Vaccination in the Punjab 1883-1896 - 1883-1896
Year: 1883
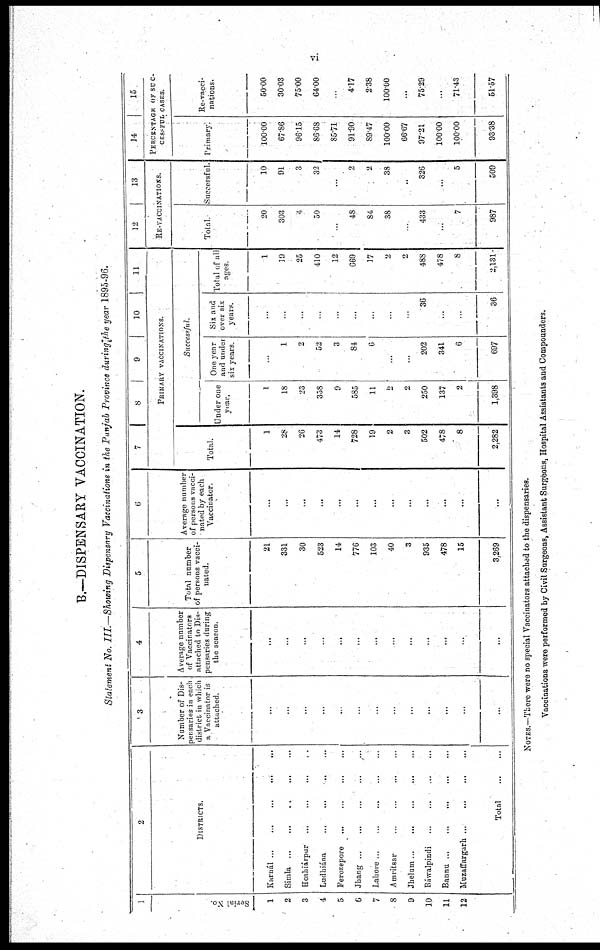
vi
B.—DISPENSARY VACCINATION.
Statement No. III.—Showing Dispensary Vaccinations in the Punjab Province during the year 1895-96.
1
Serial No.
1
2
3
4
5
6
7
8
9
10
11
12
2
DISTRICTS.
Karnál ... ... ... ... ...
Simla
...
...
...
...
...
Hoshiárpur ... ... ... ...
Ludhiána ... ... ... ...
Ferozepore ... ... ... ...
Jhang ... ... ... ... ...
Lahore ... ... ... ... ...
Amritsar ... ... ... ...
Jhelum .. ... ... ... ...
Ráwalpindi ... ... ...
Bannu ... ... ... ... ...
Muzaffargarh
...
...
...
...
Total
...
...
3
Number of Dis-
pensaries in each
district in which
a Vaccinator is
attached.
...
...
...
...
...
...
...
...
...
...
...
...
. . .
4
Average number
of Vaccinators
attached to Dis-
pensaries during
the season.
...
...
...
...
...
...
...
...
...
...
...
...
...
5
Total number
of persons vacci-
nated.
21
331
30
523
14
776
103
40
3
935
478
15
3,269
6
Average number
of persons vacci-
nated by each
Vaccinator.
...
...
...
...
...
...
...
...
...
...
...
...
...
7
8
9
10
11
PRIMARY VACCINATIONS.
Total.
1
28
26
473
14
728
19
2
3
502
478
8
2,282
Successful
Under one
year.
1
18
23
358
9
585
11
2
2
250
137
2
1,398
One year
and under
six years.
...
1
2
52
3
84
6
...
...
202
341
6
697
Six and
over six
years.
...
...
...
...
...
...
...
...
...
36
...
...
36
Total of all
ages.
1
19
25
410
12
669
17
2
2
488
478
8
2,131
12
13
RE-VACCINATIONS.
Total
20
303
4
50
...
48
84
38
...
433
...
7
987
Successful.
10
91
3
32
...
2
2
38
...
326
5
509
14
15
PERCENTAGE OF SUCCESFUL CASES.
Primary!
100.00
67.86
96.15
86.68
85.71
91.90
89.47
100.00
66.67
97.21
100.00
100.00
93.38
Re-vacci-
nations.
50.00
30.03
75.00
64.00
...
4.17
2.38
100.00
...
75.29
...
71.43
51.57
NOTES.—There were no special Vaccinators attached to the dispensaries.
Vaccinations were performed by Civil Surgeons, Assistant Surgeons, Hospital Assistants and Compounders.